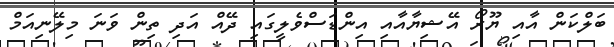
ބަލްކަން އާއި ޔޫރޯ އޭޝިޔާއާއި އިންޑަސްވެލީގައި ދޭއް އަދި ތިން ވަނަ މިލޭނިއަމް